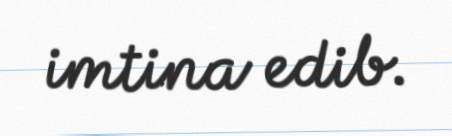
imtina edib.